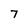
Character: 7